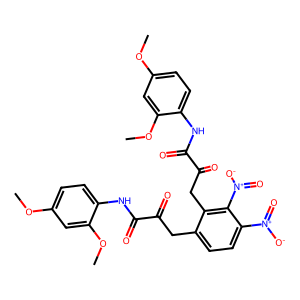
SMILES: COc1ccc(NC(=O)C(=O)Cc2ccc([N+](=O)[O-])c([N+](=O)[O-])c2CC(=O)C(=O)Nc2ccc(OC)cc2OC)c(OC)c1
Inhibits HIV replication: No